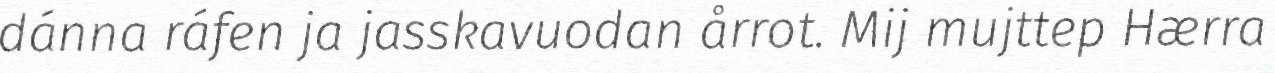
dánna ráfen ja jasskavuodan årrot. Mij mujttep Hærra